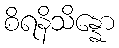
စိရနိသိန္နော